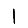
Digit: 1